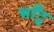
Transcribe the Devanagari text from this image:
भाँटू